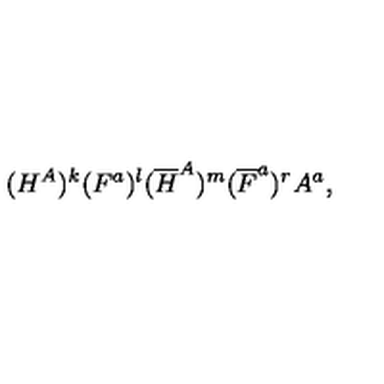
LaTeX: ( H ^ { A } ) ^ { k } ( F ^ { a } ) ^ { l } ( { \overline { H } } ^ { A } ) ^ { m } ( { \overline { F } } ^ { a } ) ^ { r } A ^ { a } ,